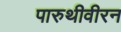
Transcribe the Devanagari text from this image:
पारुथीवीरन